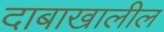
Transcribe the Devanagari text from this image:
दाबाखालील